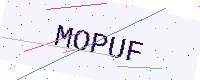
Text: MOPUF